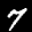
Label: 7